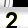
Digit: 2